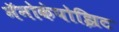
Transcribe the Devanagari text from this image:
नॅनोकंपोझिट